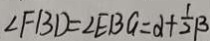
\angle F B D = \angle E B G = \alpha + \frac { 1 } { 2 } \beta